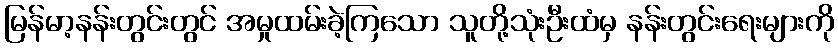
မြန်မာ့နန်းတွင်းတွင် အမှုထမ်းခဲ့ကြသော သူတို့သုံးဦးထံမှ နန်းတွင်းရေးများကို